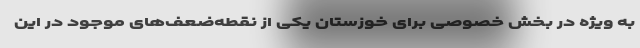
به ویژه در بخش خصوصی برای خوزستان یکی از نقطه‌ضعف‌های موجود در این